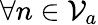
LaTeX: \forall n\in\mathcal{V}_{a}